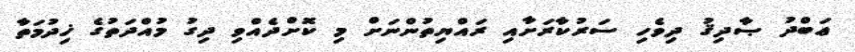
ޢަބްދު ޞާދިޤު ދިވެހި ސަރުކާރަށާއި ރައްޔިތުންނަށް މި ކޮށްދެއްވި ދިގު މުއްދަތުގެ ޚިދުމަތާ